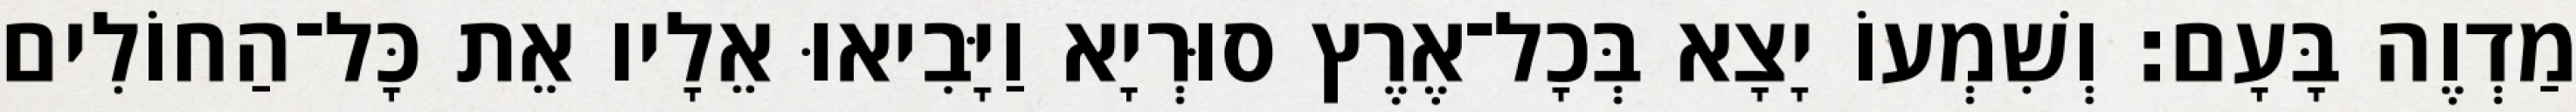
מַדְוֶה בָּעָם׃ וְשִׁמְעוֹ יָצָא בְּכָל־אֶרֶץ סוּרְיָא וַיָּבִיאוּ אֵלָיו אֵת כָּל־הַחוֹלִים